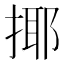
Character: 揶